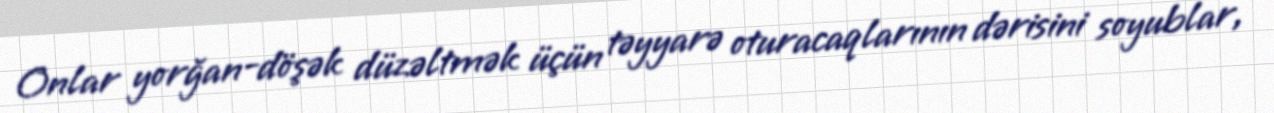
Onlar yorğan-döşək düzəltmək üçün təyyarə oturacaqlarının dərisini soyublar,